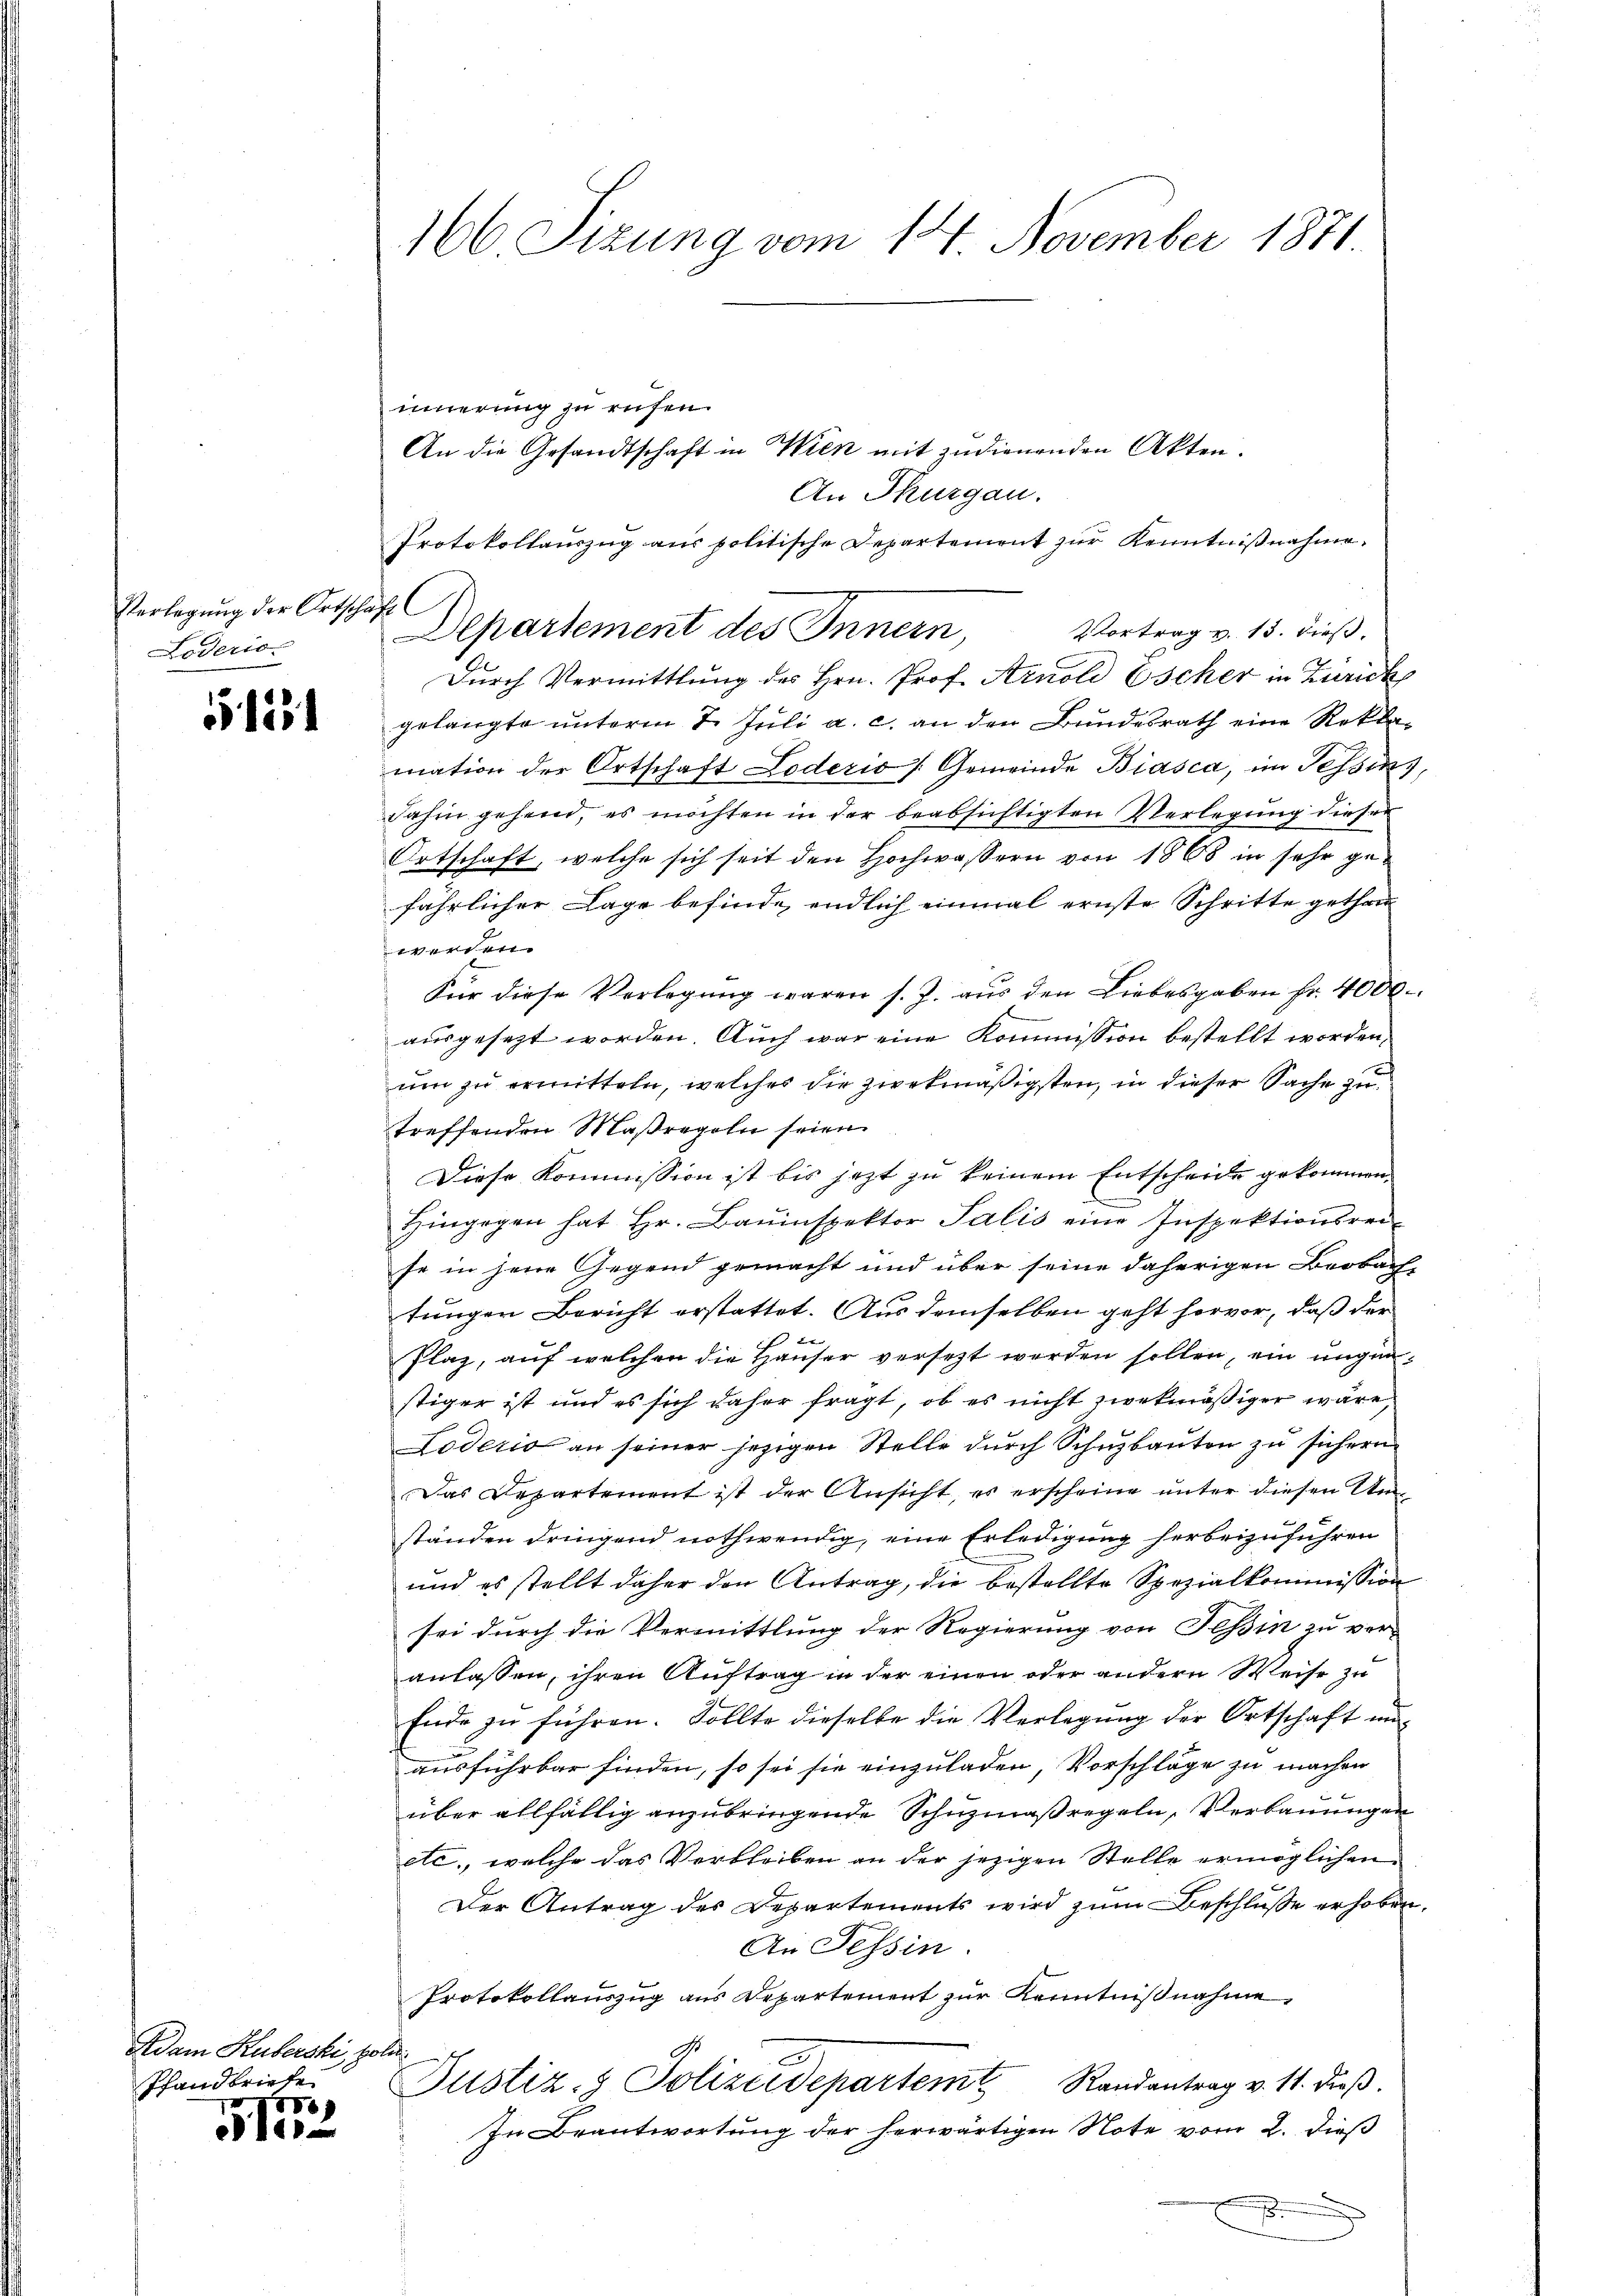
Verlegung der Ortschaft
Loderio.

1531

Adam Huberski, poli¬
Pfandbriefe
1887

Fle

166 Sizung vom 14. November 1871

innerung zu rufen.
An die Gesandtschaft in Wien mit zudienenden Akten.
An Thurgau.
Protokollauszug aus politische Departement zur Kenntnißnahme.
Vortrag v. 13. dieß.
Aepartement des Innern,
Durch Vermittlung des Hrn. Prof. Arnold Escher in Zürich
gelangte unterm 2. Juli a. c. an den Bundesrath eine Reklamation der Ortschaft oderio / Gemeinde Biasca, im Tessin,
dahin gehend, es möchten in der beabsichtigten Verlegung dieser
Ortschaft, welche sich seit den Hochwassern von 1868 in sehr gefährlicher Lage befinde, endlich einmal ernste Schritte gethan
et geset
Für diese Verlegung waren s. J. aus den Liebesgaben fr. 4000.
ausgesezt worden. Auch war eine Kommission bestellt worden,
um zu ermitteln, welches die zwekmäßigsten, in dieser Sache zu
treffenden Maßregeln seien.
Diese Kommission ist bis jezt zu keinem Entscheide gekommen.
Hingegen hat Hr. Bauinspektor Salis eine Inspektionsrei-
se in jene Gegend gemacht und über seine daherigen Beobach,
tungen Bericht erstattet. Aus demselben geht hervor, daß der
Plaz, auf welchen die Hauser versezt werden sollen, ein ungenstiger ist und es sich daher fragt, ob es nicht zwekmäßiger wäre,
Loderio an seiner jezigen Stelle durch Schuzbauten zu sichern
Das Departement ist der Ansicht, es erscheine unter diesen Unständen dringend nothwendig, eine Erledigung herbeizuführen
und es stellt daher den Antrag, die bestellte Spezialkommission
sei durch die Vermittlung der Regierung von Tessin zu veranlassen, ihren Auftrag in der einen oder andern Weise zu
Ende zu führen. Sollte dieselbe die Verlegung der Ortschaft un
ausführbar finden, so sei sie einzuladen, Vorschläge zu machen
über allfällig anzubringende Schnzmaßregeln, Verbauungen
etc., welche das Verbleiben an der jezigen Stelle ermöglichen
Der Antrag des Departements wird zum Beschluße erhoben.
An Tessin.
Protokollauszug aus Departement zur Kenntnißnahme,
Justiz- & Polizeidepartem Randantrag v. 11. dieβ.
In Beantwortung der herwärtigen Note vom 2. dieß